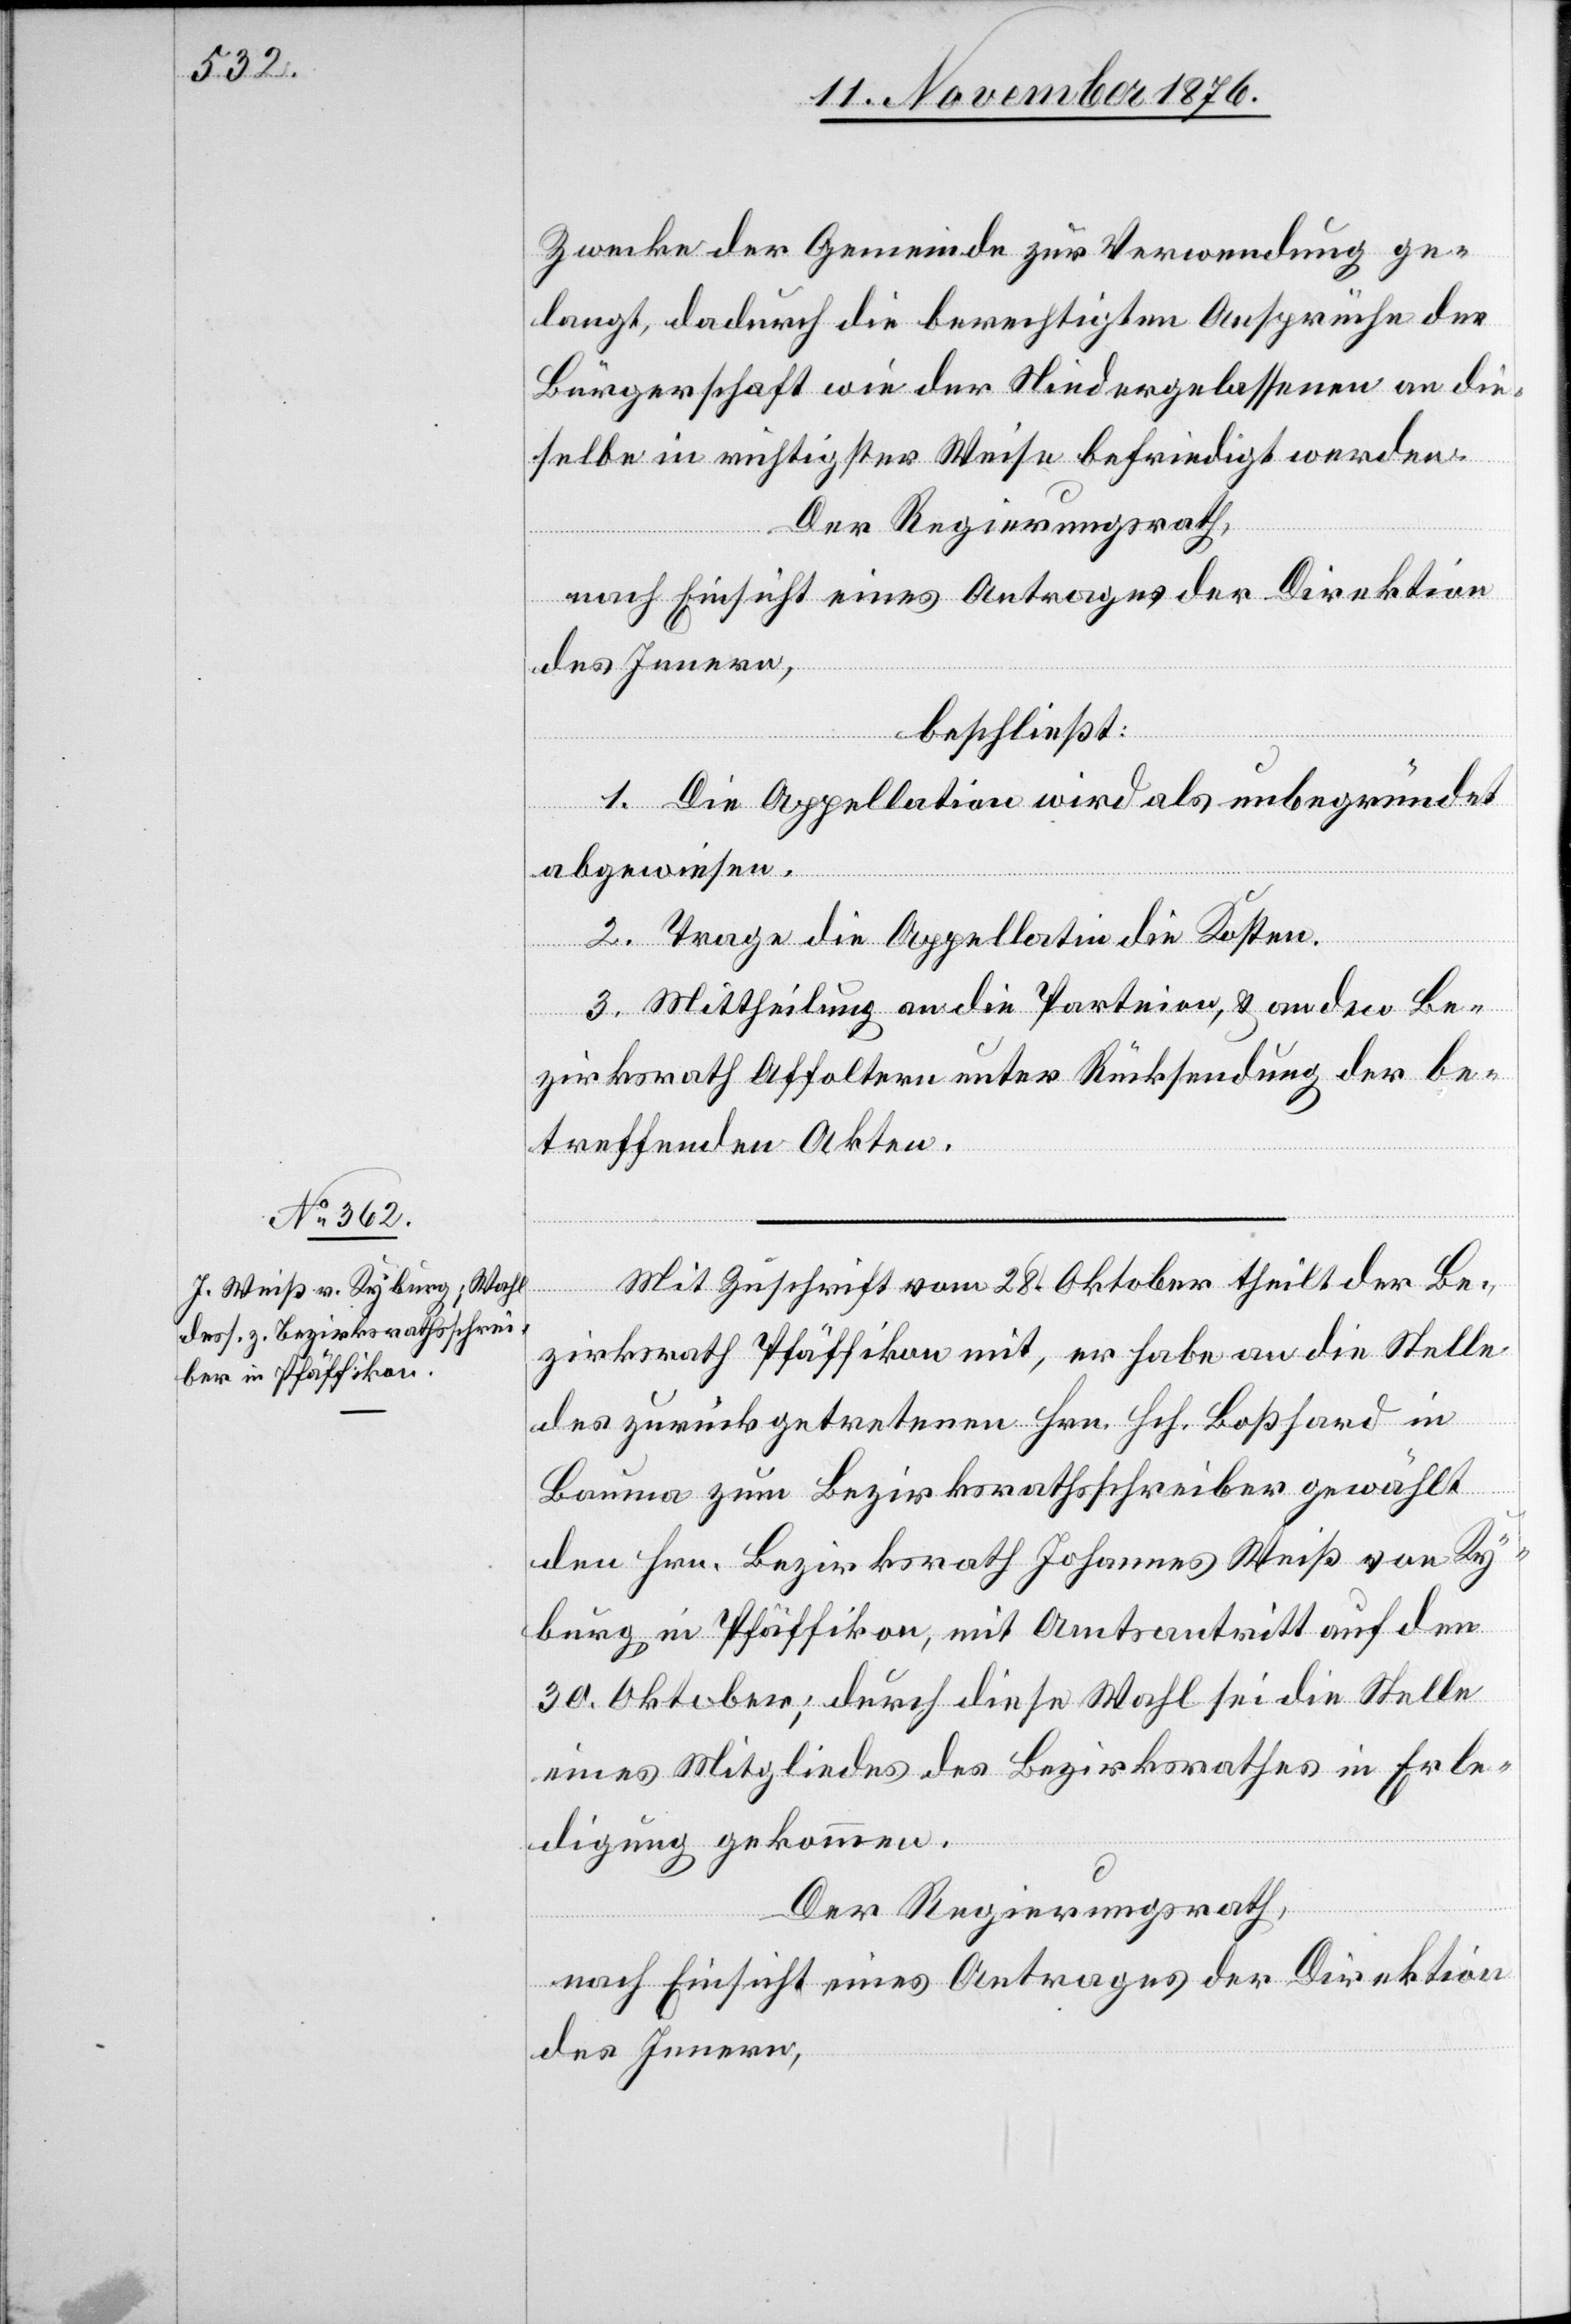
Zwecke der Gemeinde zur Verwendung ge¬
langt, dadurch die berechtigten Ansprüche der
Bürgerschaft wie der Niedergelassenen an die¬
selbe in richtigster Weise befriedigt werden.
Der Regierungsrath,
nach Einsicht eines Antrages der Direktion
des Innern,
beschließt:
1. Die Appellation wird als unbegründet
abgewiesen.
2. Trage die Appellantin die Kosten.
3. Mittheilung an die Parteien, & an den Be¬
zirksrath Affoltern unter Rücksendung der be¬
treffenden Akten.
Mit Zuschrift vom 28. Oktober theilt der Be¬
zirksrath Pfäffikon mit, er habe an die Stelle
des zurückgetretenen Hrn. Hch. Boßhard in
Bauma zum Bezirksrathsschreiber gewählt
den Hrn. Bezirksrath Johannes Weiß von Ky¬
burg in Pfäffikon, mit Amtsantritt auf den
30. Oktober; durch diese Wahl sei die Stelle
eines Mitgliedes des Bezirksrathes in Erle¬
digung gekommen.
Der Regierungsrath,
nach Einsicht eines Antrages der Direktion
des Innern,